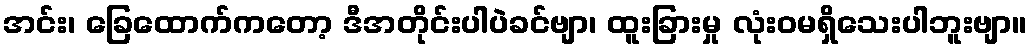
အင်း၊ ခြေထောက်ကတော့ ဒီအတိုင်းပါပဲခင်ဗျာ၊ ထူးခြားမှု လုံးဝမရှိသေးပါဘူးဗျာ။